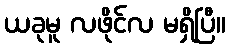
ယခုမူ လဖိုင်လ မရှိပြီ။